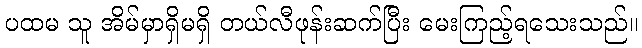
ပထမ သူ အိမ်မှာရှိမရှိ တယ်လီဖုန်းဆက်ပြီး မေးကြည့်ရသေးသည်။